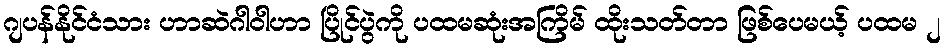
ဂျပန်နိုင်ငံသား ဟာဆဲဂါဝါဟာ ပြိုင်ပွဲကို ပထမဆုံးအကြိမ် ထိုးသတ်တာ ဖြစ်ပေမယ့် ပထမ ၂